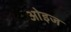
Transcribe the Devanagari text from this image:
ओइज